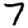
Digit: 7